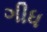
ગીધ